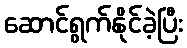
ဆောင်ရွက်နိုင်ခဲ့ပြီး